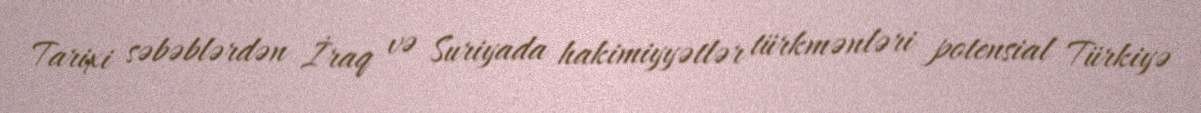
Tarixi səbəblərdən İraq və Suriyada hakimiyyətlər türkmənləri potensial Türkiyə